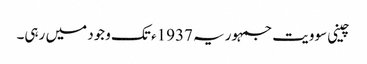
چینی سوویت جمہوریہ 1937ء تک وجود میں رہی۔